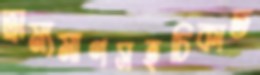
ভ্রাম্যমাণসহচিকাত